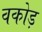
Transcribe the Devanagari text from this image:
वकोड़